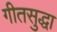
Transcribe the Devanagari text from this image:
गीतसुद्धा